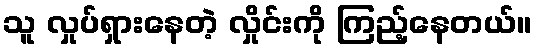
သူ လှုပ်ရှားနေတဲ့ လှိုင်းကို ကြည့်နေတယ်။